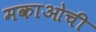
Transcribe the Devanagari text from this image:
मकाओची